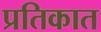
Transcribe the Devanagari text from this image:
प्रतिकात